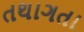
તથાગતા